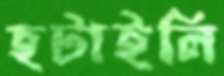
হটাইলি